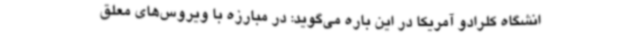
انشگاه کلرادو آمریکا در این باره می‌گوید: در مبارزه با ویروس‌های معلق